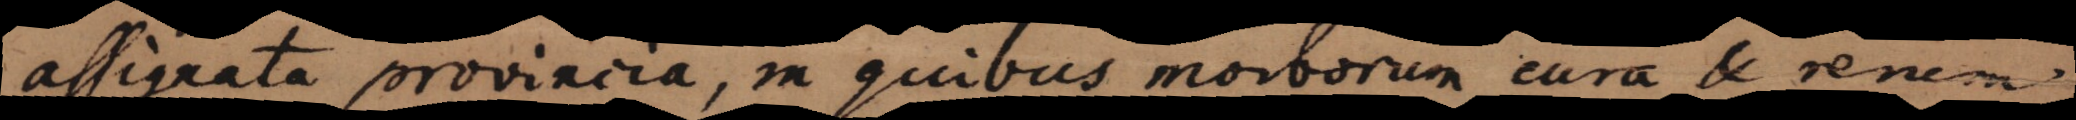
assignata provincia, in quibus morborum cura,